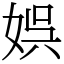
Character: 娯